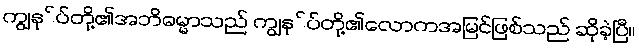
ကျွနု်ပ်တို့၏အဘိဓမ္မာသည် ကျွနု်ပ်တို့၏လောကအမြင်ဖြစ်သည် ဆိုခဲ့ပြီ။